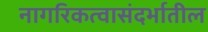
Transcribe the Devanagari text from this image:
नागरिकत्वासंदर्भातील